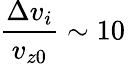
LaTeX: \frac{\Delta v_{i}}{v_{z0}}\sim 10\